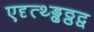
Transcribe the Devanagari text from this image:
एदृत्थ्ड्ढठ्ठद्व